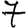
Digit: 7